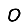
Digit: 0